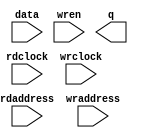
// megafunction wizard: %RAM: 2-PORT%VBB%
// GENERATION: STANDARD
// VERSION: WM1.0
// MODULE: altsyncram 

// ============================================================
// Megafunction Name(s):
// 			altsyncram
//
// Simulation Library Files(s):
// 			altera_mf
// ============================================================
// ************************************************************
// THIS IS A WIZARD-GENERATED FILE. DO NOT EDIT THIS FILE!
//
// 8.1 Build 163 10/28/2008 SJ Full Version
// ************************************************************

//Copyright (C) 1991-2008 Altera Corporation
//Your use of Altera Corporation's design tools, logic functions 
//and other software and tools, and its AMPP partner logic 
//functions, and any output files from any of the foregoing 
//(including device programming or simulation files), and any 
//associated documentation or information are expressly subject 
//to the terms and conditions of the Altera Program License 
//Subscription Agreement, Altera MegaCore Function License 
//Agreement, or other applicable license agreement, including, 
//without limitation, that your use is for the sole purpose of 
//programming logic devices manufactured by Altera and sold by 
//Altera or its authorized distributors.  Please refer to the 
//applicable agreement for further details.

module dpram_1024x24b (
	data,
	rdaddress,
	rdclock,
	wraddress,
	wrclock,
	wren,
	q);

	input	[23:0]  data;
	input	[9:0]  rdaddress;
	input	  rdclock;
	input	[9:0]  wraddress;
	input	  wrclock;
	input	  wren;
	output	[23:0]  q;

endmodule

// ============================================================
// CNX file retrieval info
// ============================================================
// Retrieval info: PRIVATE: ADDRESSSTALL_A NUMERIC "0"
// Retrieval info: PRIVATE: ADDRESSSTALL_B NUMERIC "0"
// Retrieval info: PRIVATE: BYTEENA_ACLR_A NUMERIC "0"
// Retrieval info: PRIVATE: BYTEENA_ACLR_B NUMERIC "0"
// Retrieval info: PRIVATE: BYTE_ENABLE_A NUMERIC "0"
// Retrieval info: PRIVATE: BYTE_ENABLE_B NUMERIC "0"
// Retrieval info: PRIVATE: BYTE_SIZE NUMERIC "8"
// Retrieval info: PRIVATE: BlankMemory NUMERIC "1"
// Retrieval info: PRIVATE: CLOCK_ENABLE_INPUT_A NUMERIC "0"
// Retrieval info: PRIVATE: CLOCK_ENABLE_INPUT_B NUMERIC "0"
// Retrieval info: PRIVATE: CLOCK_ENABLE_OUTPUT_A NUMERIC "0"
// Retrieval info: PRIVATE: CLOCK_ENABLE_OUTPUT_B NUMERIC "0"
// Retrieval info: PRIVATE: CLRdata NUMERIC "0"
// Retrieval info: PRIVATE: CLRq NUMERIC "0"
// Retrieval info: PRIVATE: CLRrdaddress NUMERIC "0"
// Retrieval info: PRIVATE: CLRrren NUMERIC "0"
// Retrieval info: PRIVATE: CLRwraddress NUMERIC "0"
// Retrieval info: PRIVATE: CLRwren NUMERIC "0"
// Retrieval info: PRIVATE: Clock NUMERIC "1"
// Retrieval info: PRIVATE: Clock_A NUMERIC "0"
// Retrieval info: PRIVATE: Clock_B NUMERIC "0"
// Retrieval info: PRIVATE: ECC NUMERIC "0"
// Retrieval info: PRIVATE: IMPLEMENT_IN_LES NUMERIC "0"
// Retrieval info: PRIVATE: INDATA_ACLR_B NUMERIC "0"
// Retrieval info: PRIVATE: INDATA_REG_B NUMERIC "0"
// Retrieval info: PRIVATE: INIT_FILE_LAYOUT STRING "PORT_B"
// Retrieval info: PRIVATE: INIT_TO_SIM_X NUMERIC "0"
// Retrieval info: PRIVATE: INTENDED_DEVICE_FAMILY STRING "Cyclone II"
// Retrieval info: PRIVATE: JTAG_ENABLED NUMERIC "0"
// Retrieval info: PRIVATE: JTAG_ID STRING "NONE"
// Retrieval info: PRIVATE: MAXIMUM_DEPTH NUMERIC "0"
// Retrieval info: PRIVATE: MEMSIZE NUMERIC "24576"
// Retrieval info: PRIVATE: MEM_IN_BITS NUMERIC "0"
// Retrieval info: PRIVATE: MIFfilename STRING ""
// Retrieval info: PRIVATE: OPERATION_MODE NUMERIC "2"
// Retrieval info: PRIVATE: OUTDATA_ACLR_B NUMERIC "0"
// Retrieval info: PRIVATE: OUTDATA_REG_B NUMERIC "1"
// Retrieval info: PRIVATE: RAM_BLOCK_TYPE NUMERIC "2"
// Retrieval info: PRIVATE: READ_DURING_WRITE_MODE_MIXED_PORTS NUMERIC "2"
// Retrieval info: PRIVATE: READ_DURING_WRITE_MODE_PORT_A NUMERIC "3"
// Retrieval info: PRIVATE: READ_DURING_WRITE_MODE_PORT_B NUMERIC "3"
// Retrieval info: PRIVATE: REGdata NUMERIC "1"
// Retrieval info: PRIVATE: REGq NUMERIC "1"
// Retrieval info: PRIVATE: REGrdaddress NUMERIC "1"
// Retrieval info: PRIVATE: REGrren NUMERIC "1"
// Retrieval info: PRIVATE: REGwraddress NUMERIC "1"
// Retrieval info: PRIVATE: REGwren NUMERIC "1"
// Retrieval info: PRIVATE: SYNTH_WRAPPER_GEN_POSTFIX STRING "0"
// Retrieval info: PRIVATE: USE_DIFF_CLKEN NUMERIC "0"
// Retrieval info: PRIVATE: UseDPRAM NUMERIC "1"
// Retrieval info: PRIVATE: VarWidth NUMERIC "0"
// Retrieval info: PRIVATE: WIDTH_READ_A NUMERIC "24"
// Retrieval info: PRIVATE: WIDTH_READ_B NUMERIC "24"
// Retrieval info: PRIVATE: WIDTH_WRITE_A NUMERIC "24"
// Retrieval info: PRIVATE: WIDTH_WRITE_B NUMERIC "24"
// Retrieval info: PRIVATE: WRADDR_ACLR_B NUMERIC "0"
// Retrieval info: PRIVATE: WRADDR_REG_B NUMERIC "0"
// Retrieval info: PRIVATE: WRCTRL_ACLR_B NUMERIC "0"
// Retrieval info: PRIVATE: enable NUMERIC "0"
// Retrieval info: PRIVATE: rden NUMERIC "0"
// Retrieval info: CONSTANT: ADDRESS_REG_B STRING "CLOCK1"
// Retrieval info: CONSTANT: CLOCK_ENABLE_INPUT_A STRING "BYPASS"
// Retrieval info: CONSTANT: CLOCK_ENABLE_INPUT_B STRING "BYPASS"
// Retrieval info: CONSTANT: CLOCK_ENABLE_OUTPUT_A STRING "BYPASS"
// Retrieval info: CONSTANT: CLOCK_ENABLE_OUTPUT_B STRING "BYPASS"
// Retrieval info: CONSTANT: INTENDED_DEVICE_FAMILY STRING "Cyclone II"
// Retrieval info: CONSTANT: LPM_TYPE STRING "altsyncram"
// Retrieval info: CONSTANT: NUMWORDS_A NUMERIC "1024"
// Retrieval info: CONSTANT: NUMWORDS_B NUMERIC "1024"
// Retrieval info: CONSTANT: OPERATION_MODE STRING "DUAL_PORT"
// Retrieval info: CONSTANT: OUTDATA_ACLR_B STRING "NONE"
// Retrieval info: CONSTANT: OUTDATA_REG_B STRING "CLOCK1"
// Retrieval info: CONSTANT: POWER_UP_UNINITIALIZED STRING "FALSE"
// Retrieval info: CONSTANT: RAM_BLOCK_TYPE STRING "M4K"
// Retrieval info: CONSTANT: WIDTHAD_A NUMERIC "10"
// Retrieval info: CONSTANT: WIDTHAD_B NUMERIC "10"
// Retrieval info: CONSTANT: WIDTH_A NUMERIC "24"
// Retrieval info: CONSTANT: WIDTH_B NUMERIC "24"
// Retrieval info: CONSTANT: WIDTH_BYTEENA_A NUMERIC "1"
// Retrieval info: USED_PORT: data 0 0 24 0 INPUT NODEFVAL data[23..0]
// Retrieval info: USED_PORT: q 0 0 24 0 OUTPUT NODEFVAL q[23..0]
// Retrieval info: USED_PORT: rdaddress 0 0 10 0 INPUT NODEFVAL rdaddress[9..0]
// Retrieval info: USED_PORT: rdclock 0 0 0 0 INPUT NODEFVAL rdclock
// Retrieval info: USED_PORT: wraddress 0 0 10 0 INPUT NODEFVAL wraddress[9..0]
// Retrieval info: USED_PORT: wrclock 0 0 0 0 INPUT NODEFVAL wrclock
// Retrieval info: USED_PORT: wren 0 0 0 0 INPUT VCC wren
// Retrieval info: CONNECT: @data_a 0 0 24 0 data 0 0 24 0
// Retrieval info: CONNECT: @wren_a 0 0 0 0 wren 0 0 0 0
// Retrieval info: CONNECT: q 0 0 24 0 @q_b 0 0 24 0
// Retrieval info: CONNECT: @address_a 0 0 10 0 wraddress 0 0 10 0
// Retrieval info: CONNECT: @address_b 0 0 10 0 rdaddress 0 0 10 0
// Retrieval info: CONNECT: @clock0 0 0 0 0 wrclock 0 0 0 0
// Retrieval info: CONNECT: @clock1 0 0 0 0 rdclock 0 0 0 0
// Retrieval info: LIBRARY: altera_mf altera_mf.altera_mf_components.all
// Retrieval info: GEN_FILE: TYPE_NORMAL dpram_1024x24b.v TRUE
// Retrieval info: GEN_FILE: TYPE_NORMAL dpram_1024x24b.inc FALSE
// Retrieval info: GEN_FILE: TYPE_NORMAL dpram_1024x24b.cmp FALSE
// Retrieval info: GEN_FILE: TYPE_NORMAL dpram_1024x24b.bsf TRUE
// Retrieval info: GEN_FILE: TYPE_NORMAL dpram_1024x24b_inst.v FALSE
// Retrieval info: GEN_FILE: TYPE_NORMAL dpram_1024x24b_bb.v TRUE
// Retrieval info: GEN_FILE: TYPE_NORMAL dpram_1024x24b_waveforms.html TRUE
// Retrieval info: GEN_FILE: TYPE_NORMAL dpram_1024x24b_wave*.jpg FALSE
// Retrieval info: LIB_FILE: altera_mf